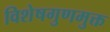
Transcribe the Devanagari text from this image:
विशेषगुणमुक्त